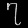
Digit: ၇